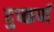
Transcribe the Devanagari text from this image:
दुष्कर्ण